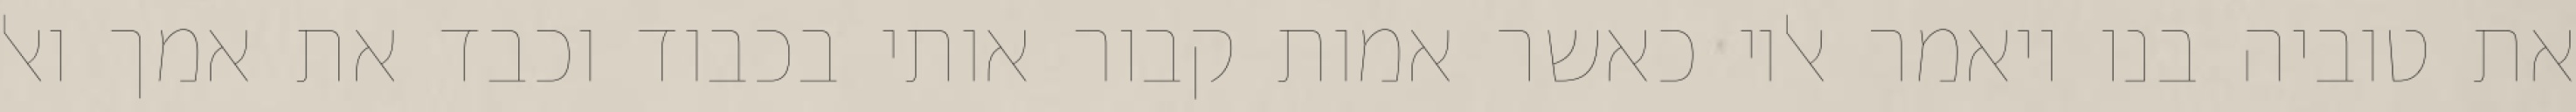
את טוביה בנו ויאמר אליו כאשר אמות קבור אותי בכבוד וכבד את אמך ואל